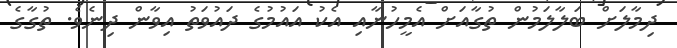
ދިމާލަށް ބަލާލަމުން ތުގާއަށް އެމީހުނާއި އެކު އައުމުގެ ދައުވަތު އިވާން ދިނެވެ. ތުގާގެ